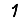
Digit: 1